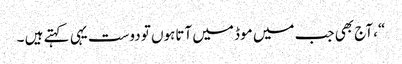
“، آج بھی جب میں موڈ میں آتاہوں تو دوست یہی کہتے ہیں ۔